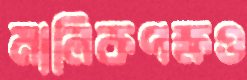
মালিকপক্ষও